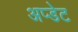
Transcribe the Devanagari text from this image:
अप्डेट